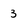
Character: 3